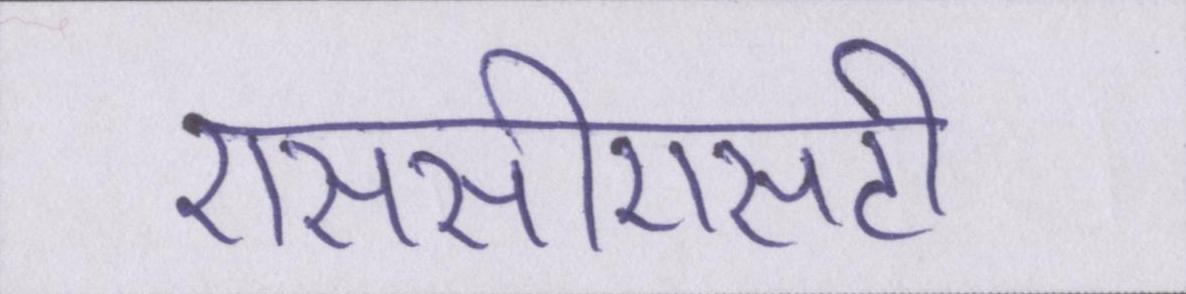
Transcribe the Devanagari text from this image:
एससीएसटी